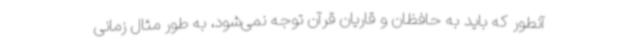
آنطور که باید به حافظان و قاریان قرآن توجه نمی‌شود، به طور مثال زمانی